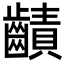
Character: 䶦